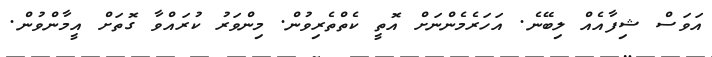
އަވަސް ޝިފާއެއް ލިބޭނެ. އަހަރެމެންނަށް އޮތީ ކެތްތެރިވުން. މިންވަރު ކުރައްވާ ގޮތަށް އީމާންވުން.